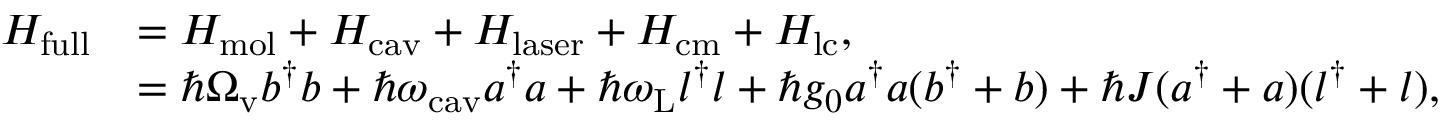
\begin{array} { r l } { H _ { \mathrm { f u l l } } } & { = H _ { \mathrm { m o l } } + H _ { \mathrm { c a v } } + H _ { \mathrm { l a s e r } } + H _ { \mathrm { c m } } + H _ { \mathrm { l c } } , } \\ & { = \hbar \Omega _ { \mathrm { v } } b ^ { \dagger } b + \hbar \omega _ { \mathrm { c a v } } a ^ { \dagger } a + \hbar \omega _ { \mathrm { L } } l ^ { \dagger } l + \hbar g _ { 0 } a ^ { \dagger } a ( b ^ { \dagger } + b ) + \hbar J ( a ^ { \dagger } + a ) ( l ^ { \dagger } + l ) , } \end{array}